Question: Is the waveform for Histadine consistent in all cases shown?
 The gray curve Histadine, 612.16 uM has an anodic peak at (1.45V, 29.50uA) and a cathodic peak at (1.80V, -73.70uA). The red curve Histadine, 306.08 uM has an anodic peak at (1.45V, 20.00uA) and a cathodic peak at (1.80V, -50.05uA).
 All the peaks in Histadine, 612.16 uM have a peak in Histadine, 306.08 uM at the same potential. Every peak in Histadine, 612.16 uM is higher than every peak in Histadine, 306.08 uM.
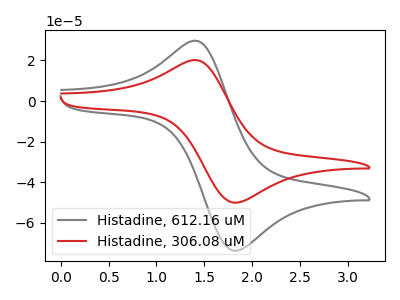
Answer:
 <answer>All the CV's of "Histadine" have similar shape.</answer>
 <eval>follow_rule</eval>